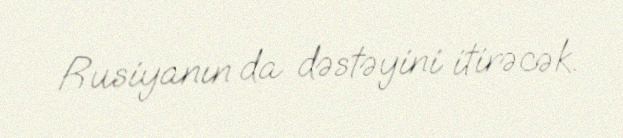
Rusiyanın da dəstəyini itirəcək.